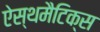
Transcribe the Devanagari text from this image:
ऐस्थमैटिक्स